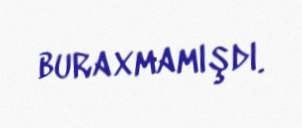
buraxmamışdı.